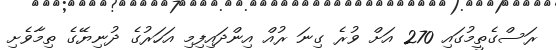
ރަސްގެތީމުގައި 270 އަށް ވުރެ ގިނަ ރުއް އިންދައިފިމި އަހަރުގެ ދުނިޔޭގެ ތިމާވެށި